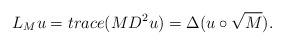
LaTeX: \begin{align*}L_Mu=trace(MD^2u)=\Delta(u\circ \sqrt{M}).\end{align*}